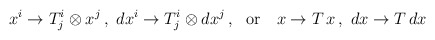
\begin{align*}x^i\rightarrow T^i_j\otimes x^j\,,\ dx^i\rightarrow T^i_j\otimes dx^j\,,\ \ {\rm or}\ \ \ x\rightarrow T\,x\,,\ dx\rightarrow T\,dx \end{align*}